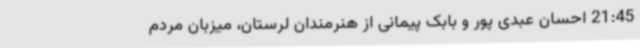
21:45 احسان عبدی پور و بابک پیمانی از هنرمندان لرستان، میزبان مردم